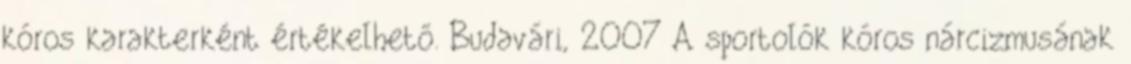
kóros karakterként értékelhető. Budavári, 2007 A sportolók kóros nárcizmusának